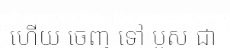
ហើយ ចេញ ទៅ បួស ជា